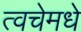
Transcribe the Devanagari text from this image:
त्वचेमधे